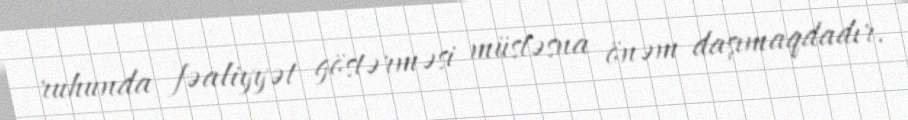
ruhunda fəaliyyət göstərməsi müstəsna önəm daşımaqdadır.